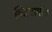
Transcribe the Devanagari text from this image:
विद्दयापीठ